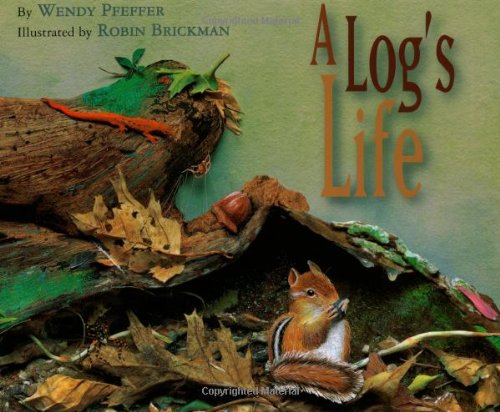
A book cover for A Log's Life; Wendy Pfeffer; Children's Books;